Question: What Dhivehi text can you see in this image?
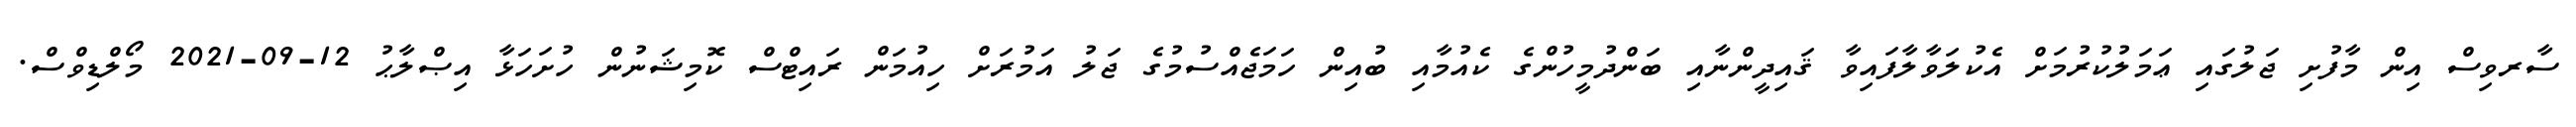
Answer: ސާރވިސް އިން މާފުށި ޖަލުގައި ޢަމަލުކުރުމަށް އެކުލަވާލާފައިވާ ޤައިދީންނާއި ބަންދުމީހުންގެ ކެއުމާއި ބުއިން ހަމަޖެއްސުމުގެ ޖަލު އަމުރަށް ހިއުމަން ރައިޓްސް ކޮމިޝަނުން ހުށަހަޅާ އިޞްލާޙު 12-09-2021 މޯލްޑިވްސް.